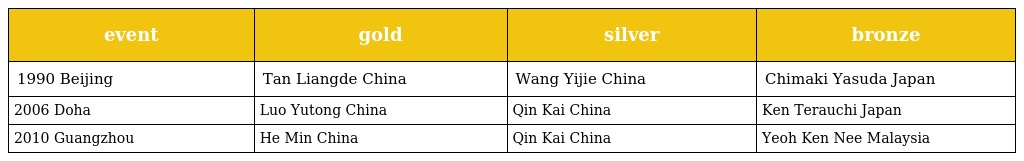
| event | gold | silver | bronze |
 | --- | --- | --- | --- |
 | 1990 Beijing | Tan Liangde China | Wang Yijie China | Chimaki Yasuda Japan |
 | 2006 Doha | Luo Yutong China | Qin Kai China | Ken Terauchi Japan |
 | 2010 Guangzhou | He Min China | Qin Kai China | Yeoh Ken Nee Malaysia |